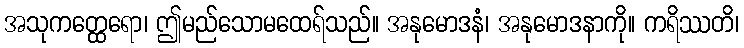
အသုကတ္ထေရော၊ ဤမည်သောမထေရ်သည်။ အနုမောဒနံ၊ အနုမောဒနာကို။ ကရိဿတိ၊